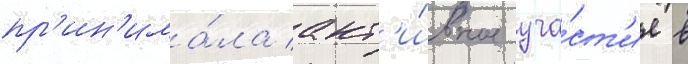
пр'ин'има́ла акт'и́вное уча́ст'ие в